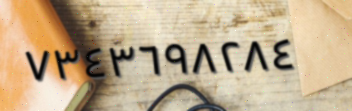
٧٣٤٣٦٩٨٢٨٤